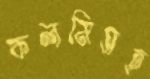
কলমিসহ